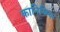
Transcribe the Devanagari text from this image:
कानिजिया